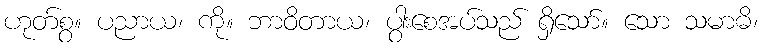
ဟုတ်စွ။ ပညာယ၊ ကို။ ဘာဝိတာယ၊ ပွါးစေအပ်သည် ရှိသော်။ သော သမာဓိ၊